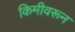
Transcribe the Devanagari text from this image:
किमीवरून